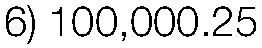
6) 100,000.25